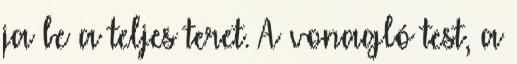
ja be a teljes teret. A vonagló test, a